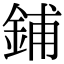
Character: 鋪